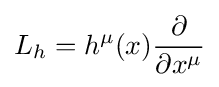
L_{h}=h^{\mu }(x){\frac {\partial }{\partial x^{\mu }}}